Report on horse surra - Volume I
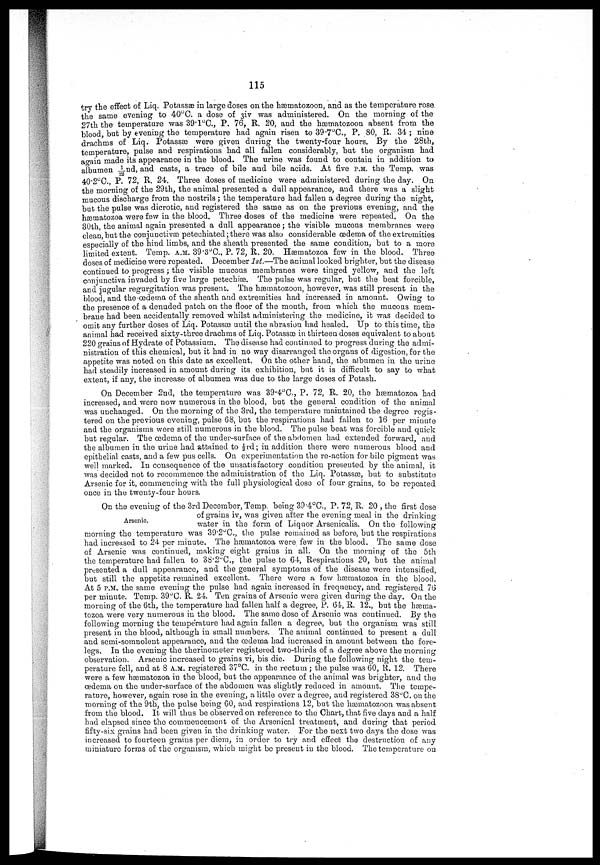
115
try the effect of Liq. Potassæ in large doses on the hæmatozoon, and as the temperature rose
the same evening to 40°C., a dose of 3iv was administered. On the morning of the
27th the temperature was 39.1°C., P. 76, R. 20, and the hæmatozoon absent from the
blood, but by evening the temperature had again risen to 39.7°C., P. 80, R. 34 ; nine
drachms of Liq. Potassæ were given during the twenty-four hours. By the 28th,
temperature, pulse and respirations had all fallen considerably, but the organism had
again made its appearance in the blood. The urine was found to contain in addition to
albumen 1/22nd, and casts, a trace of bile and bile acids. At five P.M. the Temp. was
40.2°C., P. 72, R. 24. Three doses of medicine were administered during the day. On
the morning of the 29th, the animal presented a dull appearance, and there was a slight
mucous discharge from the nostrils ; the temperature had fallen a degree during the night,
but the pulse was dicrotic, and registered the same as on the previous evening, and the
hæmatozoa were few in the blood. Three doses of the medicine were repeated. On the
30th, the animal again presented a dull appearance ; the visible mucous membranes were
clean, but the conjunctivas peteohiated; there was also considerable oedema of the extremities
especially of the hind limbs, and the sheath presented the same condition, but to a more
limited extent. Temp. A.M. 39.3°C., P. 72, R. 20. Hæmatozoa few in the blood. Three
doses of medicine were repeated. December 1st.—The animal looked brighter, but the disease
continued to progress ; the visible mucous membranes were tinged yellow, and the left
conjunctiva invaded by five large petechiæ. The pulse was regular, but the beat forcible,
and jugular regurgitation was present. The hæmatozoon, however, was still present in the
blood, and the œdema of the sheath and extremities had increased in amount. Owing to
the presence of a denuded patch on the floor of the mouth, from which the mucous mem
brane had been accidentally removed whilst administering the medicine, it was decided to
omit any further doses of Liq. Potassæ until the abrasion had healed. Up to this time, the
animal had received sixty-three drachms of Liq. Potassæ in thirteen doses equivalent to about
220 grains of Hydrate of Potassium. The disease had continued to progress during the admi
nistration of this chemical, but it had in no way disarranged the organs of digestion, for the
appetite was noted on this date as excellent. On the other hand, the albumen in the urine
had steadily increased in amount during its exhibition, but it is difficult to say to what
extent, if any, the increase of albumen was due to the large doses of Potash.
On December 2nd, the temperature was 39.4°C., P. 72, R. 20, the hæmatozoa had
increased, and were now numerous in the blood, but the general condition of the animal
was unchanged. On the morning of the 3rd, the temperature maintained the degree regis
tered on the previous evening, pulse 68, but the respirations had fallen to 16 per minute
and the organisms were still numerous in the blood. The pulse beat was forcible and quick
but regular. The œdema of the under-surface of the abdomen had extended forward, and
the albumen in the urine had attained to ⅓ rd ; in addition there were numerous blood and
epithelial casts, and a few pus cells. On experimentation the re-action for bile pigment was
well marked. In consequence of the unsatisfactory condition presented by the animal, it
was decided not to recommence the administration of the Liq. Potassæ, but to substitute
Arsenic for it, commencing with the full physiological dose of four grains, to be repeated
once in the twenty-four hours.
Arsenic.
On the evening of the 3rd December, Temp. being 39.4°C., P. 72, R. 20 , the first dose
of grains iv, was given after the evening meal in the drinking
water in the form of Liquor Arsenicalis. On the following
morning the temperature was 39.2°C., the pulse remained as before, but the respirations
had increased to 24 per minute. The hæmatozoa were few in the blood. The same dose
of Arsenic was continued, making eight grains in all. On the morning of the 5th
the temperature had fallen to 38.2°C., the pulse to 64, Respirations 20, but the animal
presented a dull appearance, and the general symptoms of the disease were intensified,
but still the appetite remained excellent. There were a few hæmatozoa in the blood.
At 5 P.M. the same evening the pulse had again increased in frequency, and registered 76
per minute. Temp. 39°0. R. 24. Ten grains of Arsenic were given during the day. On the
morning of the 6th, the temperature had fallen half a degree, P. 64, R. 12., but the hæma-
tozoa were very numerous in the blood. The same dose of Arsenic was continued. By the
following morning the temperature had again fallen a degree, but the organism was still
present in the blood, although in small numbers. The animal continued to present a dull
and semi-somnolent appearance, and the œdema had increased in amount between the fore
legs. In the evening the thermometer registered two-thirds of a degree above the morning
observation. Arsenic increased to grains vi, bis die. During the following night the tem
perature fell, and at 8 A.M. registered 37°C. in the rectum ; the pulse was 60, R. 12. There
were a few hæmatozoa in the blood, but the appearance of the animal was brighter, and the
œdema on the under-surface of the abdomen was slightly reduced in amount. The tempe
rature, however, again rose in the evening, a little over a degree, and registered 38°C. on the
morning of the 9th, the pulse being 60, and respirations 12, but the hæmatozoon was absent
from the blood. It will, thus be observed on reference to the Chart, that five days and a half
had elapsed since the commencement of the Arsenical treatment, and during that period
fifty-six grains had been given in the drinking water. For the next two days the dose was
increased to fourteen grains per diem, in order to try and effect the destruction of any
miniature forms of the organism, which might be present in the blood. The temperature on.